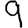
Digit: 9